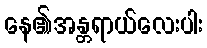
နေ၏အန္တရာယ်လေးပါး